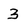
Character: 3